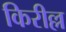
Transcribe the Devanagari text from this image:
किरील्ल